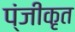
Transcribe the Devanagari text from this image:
प्ंजीकृत